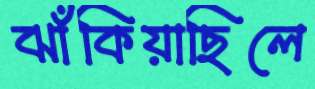
ঝাঁকিয়াছিলে